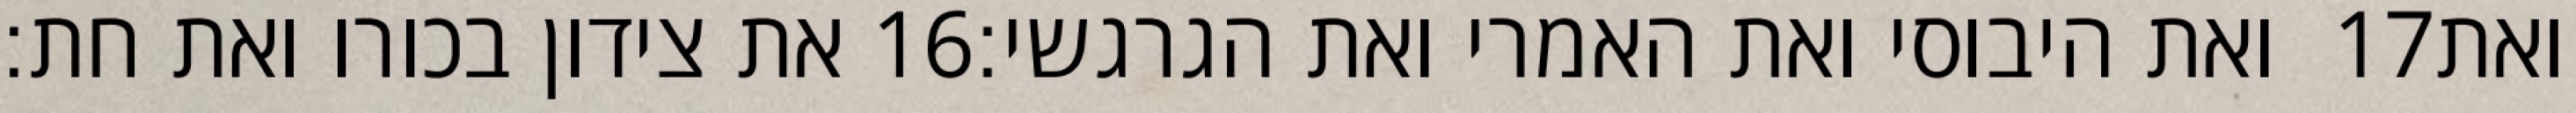
את צידון בכורו ואת חת׃ ‎16‏ ואת היבוסי ואת האמרי ואת הגרגשי׃ ‎17‏ ואת